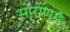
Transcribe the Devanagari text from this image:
साराणम